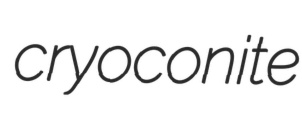
cryoconite